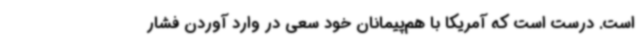
است. درست است که آمریکا با هم‌پیمانان خود سعی در وارد آوردن فشار